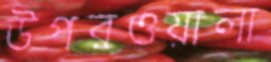
উপরওয়ালা